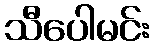
သီပေါမင်း